Medical and sanitary report of the native army of Bengal for the year
Year: 1874
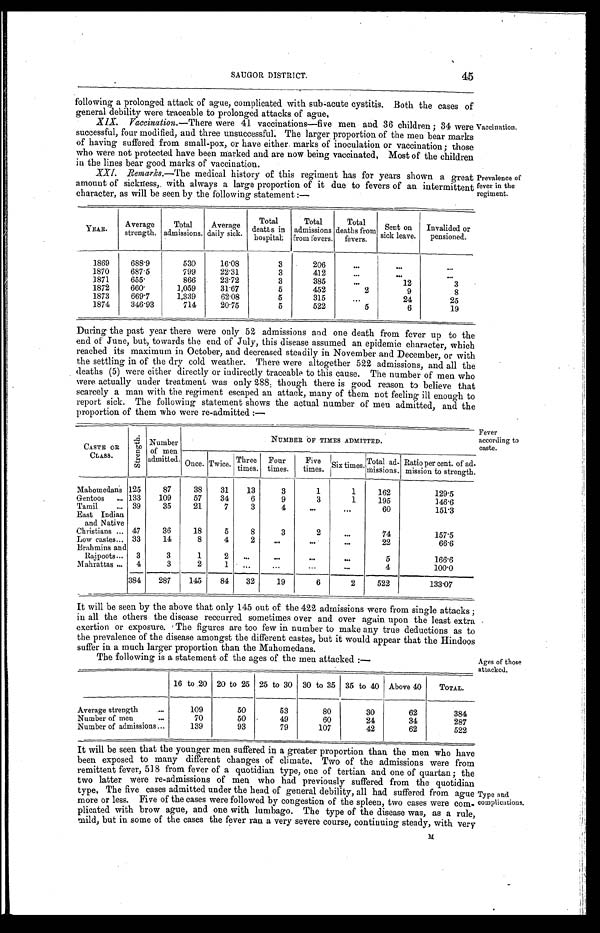
SAUGOR DISTRICT.
45
following a prolonged attack of ague, complicated with sub-acute cystitis. Both the cases of
general debility were traceable to prolonged attacks of ague.
XIX. Vaccination.— There were 41 vaccinations—five men and 36 children ; 34 were
successful, four modified, and three unsuccessful. The larger proportion of the men bear marks
of having suffered from small-pox, or have either marks of inoculation or vaccination; those
who were not protected have been marked and are now being vaccinated, Most of the children
in the lines bear good marks of vaccination.
XXI. Remarks.— The medical history of this regiment has for years shown a great
amount of sickness, with always a large proportion of it due to fevers of an intermittent
character, as will be seen by the following statement :—
Vaccination.
Prevalence of
fever in the
regiment.
YEAR.
Average
strength.
Total
admissions.
Average
daily sick.
Total
deaths in
hospital;
Total
admissions
From fevers.
Total
deaths from
fevers.
Sent on
sick leave.
Invalided or
pensioned.
1869
688.9
530
16.08
3
206
. . .
. . .
. . .
1870
687.5
799
22.31
3
412
. . .
. . .
. . .
1871
655.
866
23.72
3
385
. . .
12
3
1872
660.
1,059
31.67
5
452
2
9
8
1873
669.7
1,339
62.08
5
315
. . .
24
25
1874
346.93
714
20.75
5
522
5
6
19
During the past year there were only 52 admissions and one death from fever up to the
end of June, but, towards the end of July, this disease assumed an epidemic character, which
reached its maximum in October, and decreased steadily in November and December, or with
the settling in of the dry cold weather. There were altogether 522 admissions, and all the
deaths (5) were either directly or indirectly traceable to this cause. The number of men who
were actually under treatment was only 288 though there is good reason to believe that
scarcely a man with the regiment escaped an attack, many of them not feeling ill enough to
report sick. The following statement shows the actual number of men admitted, and the
proportion of them who were re-admitted :—
Fever
according to
caste.
CASTE OR
St r engt h. Number
of men
admitted.
NUMBER OF TIMES ADMITTED.
Once. Twice. Three
times.
Four
times.
Five
times.
Six times.
Total ad-
missions,
Ratio per cent. of ad-
mission to strength.
Mahomedans 125
87
38
31
13
3
1
1
162
129.5
Gentoos . . .
133
109
57
34
6
9
3
1
195
146.6
Tamil . . .
39
35
21
7
3
4
. . .
. . .
60
1 5 1 . 3
East Indian
and Native
Christians . . . 47
36
18
5
8
3
2
. . .
74
157.5
Low castes . . . 33
14
8
4
2
. . .
. . .
. . .
22
66.6
Brahmins and
Rajpoots . . .
3
3
1
2
. . .
. . .
. . .
. . .
5
166.6
Mahrattas . . .
4
3
2
1
. . .
. . .
. . .
. . .
4
100.0
384
287
145
84
32
19
6
2
522
133.07
It will be seen by the above that only 145 out of the 422 admissions were from single attacks ;
in all the others the disease reccurred sometimes over and over again upon the least extra
exertion or exposure. The figures are too few in number to make any true deductions as to
the prevalence of the disease amongst the different castes, but it would appear that the Hindoos
suffer in a much larger proportion than the Mahomedans.
The following is a statement of the ages of the men attacked :—
16 to 20 20 to 25 25 to 30 30 to 35 35 to 40 Above 40
TOTAL.
Average strength . . .
109
50
53
80
30
62
384
Number of men . . .
70
50
49
60
24
34
287
Number of admissions . . .
139
93
79
107
42
62
522
Ages of those
attacked.
It will be seen that the younger men suffered in a greater proportion than the men who have
been exposed to many different changes of climate. Two of the admissions were from
remittent fever, 518 from fever of a quotidian type, one of tertian and one of quartan ; the
two latter were re-admissions of men who had previously suffered from the quotidian
type, The five cases admitted under the head of general debility, all had suffered from ague
more or less. Five of the cases were followed by congestion of the spleen, two cases were com
-plicated with brow ague, and one with lumbago. The type of the disease was, as a rule,
mild, but in some of the cases the fever ran a very severe course, continuing steady, with very
Type and
complications.